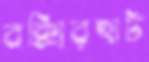
বক্সিরহাট